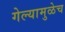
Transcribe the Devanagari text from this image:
गेल्यामुळेच